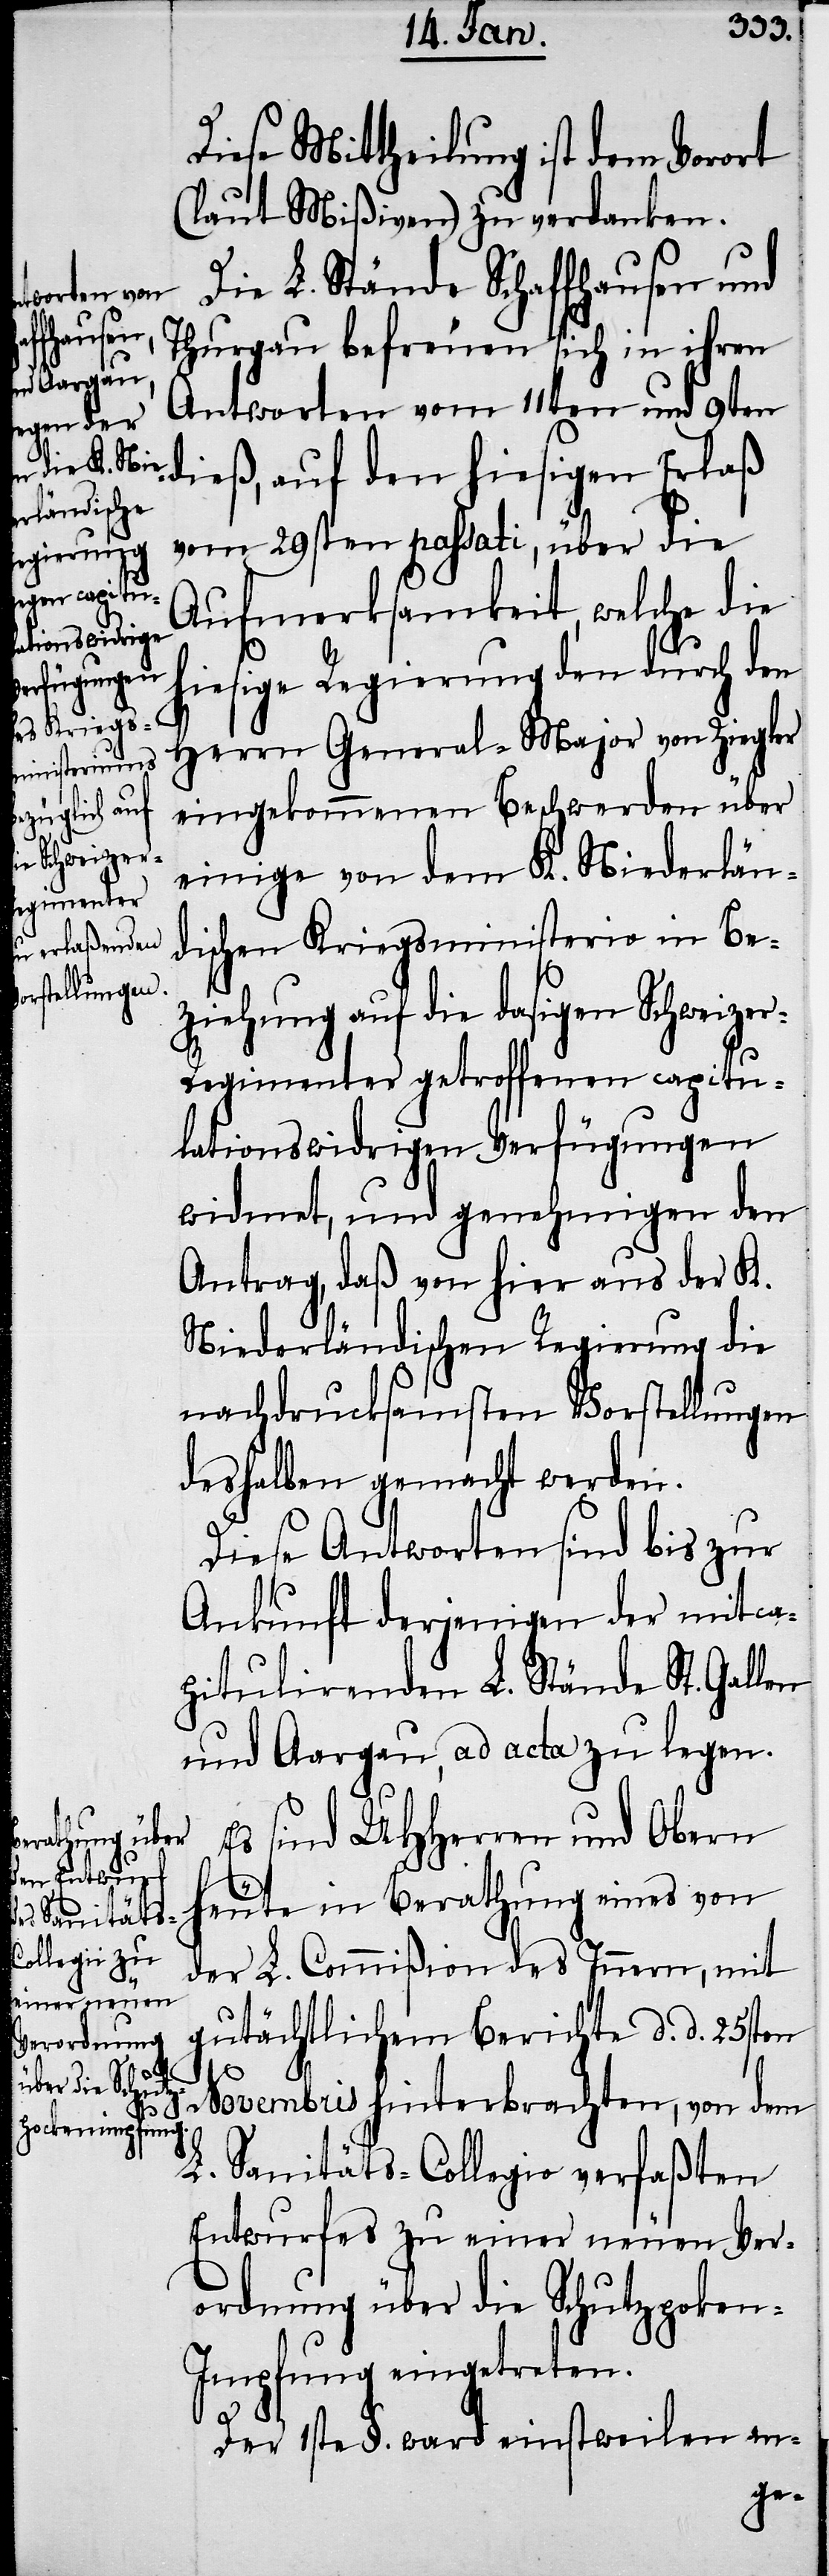
ihren

Diese Mittheilung ist dem Vorort
(laut Mißiven) zu verdanken.
Die L. Stände Schaffhausen und
Antworten vom 11ten und 9ten
dieß, auf den hiesigen Erlaß
vom 29sten passati, über die
Aufmerksamkeit, welche die
hiesige Regierung den durch den
Herrn General-Major von Ziegler
eingekommenen Beschwerden über
einige von dem K. Niederlän¬
dischen Kriegsministerio in Be¬
ziehung auf die dasigen Schweize¬
r-Regimenter getroffenen capitu¬
lationswidrigen Verfügungen
widmet, und genehmigen den
Antrag, daß von hier aus der K.
Niederländischen Regierung die
nachdrucksamsten Vorstellungen
desselben gemacht werden.
Diese Antworten sind bis zur
Ankunft derjenigen der mit ca¬
pitulirenden L. Stände St. Gallen
und Aargau, ad acta zu legen.
Es sind UHHerren und Obern
heute in Berathung eines von
der L. Commißion des Innern, mit
gutächtlichem Berichte d. d. 25sten
Novembris hinterbrachten, von dem
L. Sanitäts-Collegio verfaßten
Entwurfes zu einer neuen Ver¬
ordnung über die Schutzpoken-I¬
mpfung eingetreten.
Der 1ste §. ward einstweilen an-